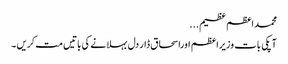
محمداعظم عظیم...
آپکی بات وزیراعظم اوراسحاق ڈار دل بہلانے کی باتیں مت کریں ۔